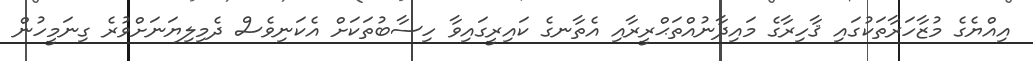
އިއްޔެގެ މުޒާހަރާތަކުގައި ޤާހިރާގެ މައިދާނުއްތަޙްރީރާއި އެތާނގެ ކައިރީގައިވާ ހިސާބުތަކަށް އެކަނިވެސް ދެމިލިޔަނަށްވުރެ ގިނަމީހުން